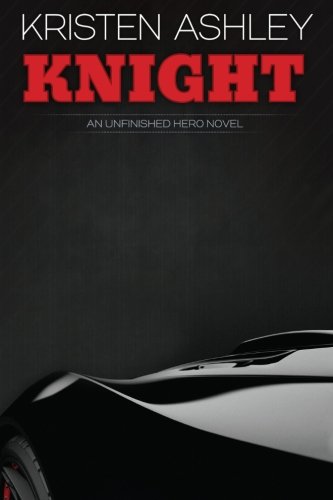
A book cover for Knight (Unfinished Heroes) (Volume 1); Kristen Ashley; Romance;